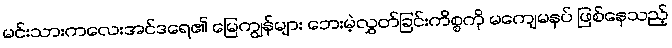
မင်းသားကလေးအင်ဒရေ၏ မြေကျွန်များ ဘေးမဲ့လွှတ်ခြင်းကိစ္စကို မကျေမနပ် ဖြစ်နေသည့်